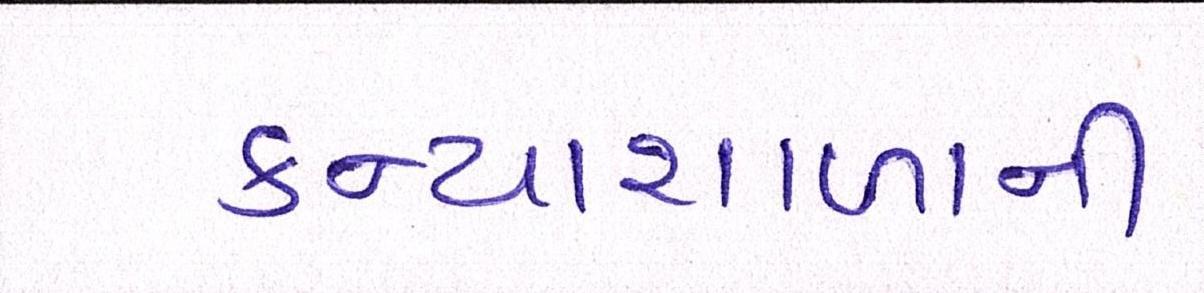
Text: કન્યાશાળાની